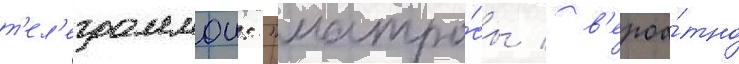
т'ел'еграммои: "матро́сы / в'ероа́тно